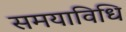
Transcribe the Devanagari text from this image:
समयाविधि